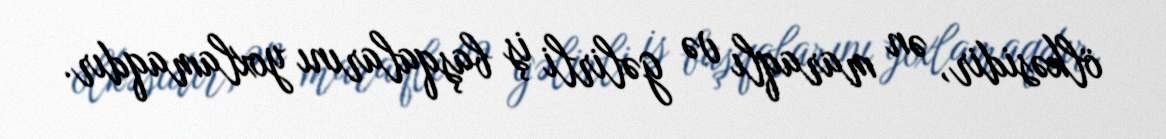
ölkəsidir, ən maraqlı və gəlirli iş başqalarını yoxlamaqdır.